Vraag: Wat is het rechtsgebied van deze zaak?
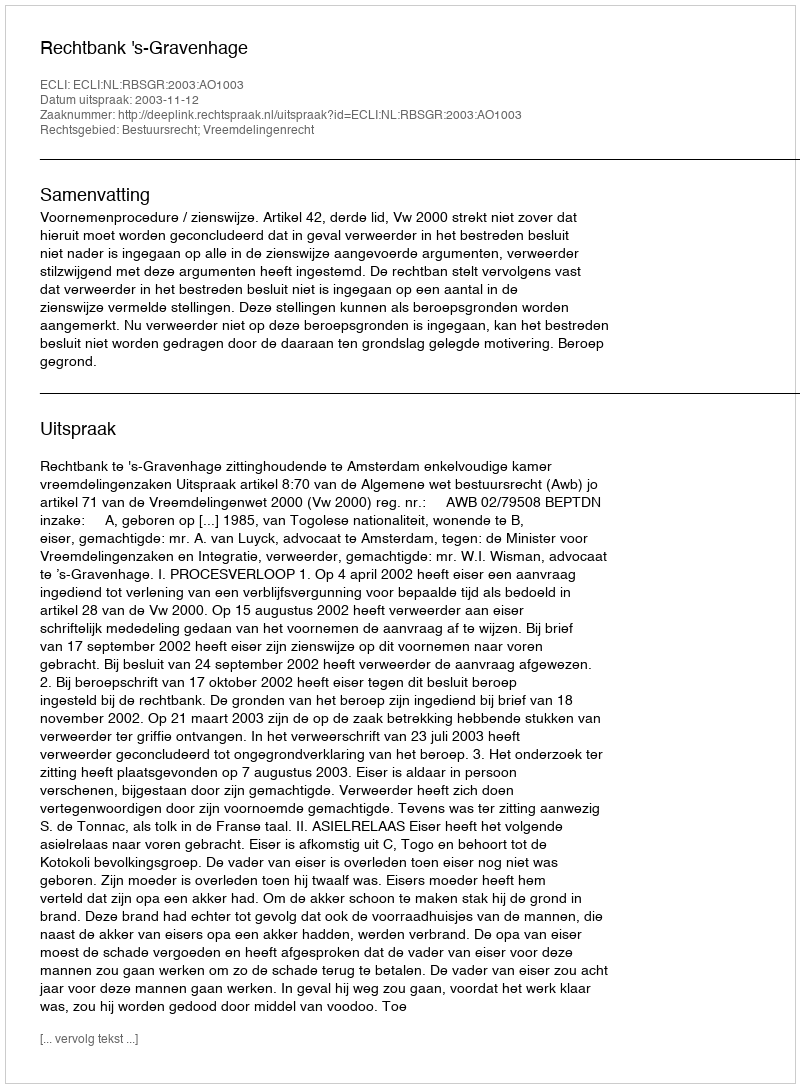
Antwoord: Bestuursrecht; Vreemdelingenrecht